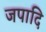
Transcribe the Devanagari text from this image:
जपादि